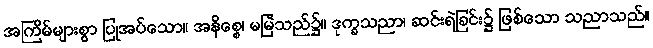
အကြိမ်များစွာ ပြုအပ်သော။ အနိစ္စေ၊ မမြဲသည်၌။ ဒုက္ခသညာ၊ ဆင်းရဲခြင်း၌ ဖြစ်သော သညာသည်။